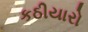
કઠીયારો